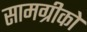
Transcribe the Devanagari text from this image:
सामग्रीको